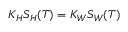
K _ { H } S _ { H } ( T ) = K _ { W } S _ { W } ( T )